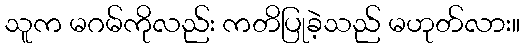
သူက မဂမ်ကိုလည်း ကတိပြုခဲ့သည် မဟုတ်လား။